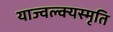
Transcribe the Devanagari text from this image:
याज्‍वल्क्यस्मृति